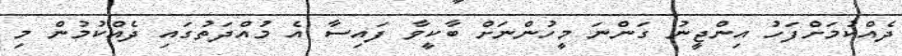
ދެއްކުމަށްފަހު އިންޖީނު ގަންނަ މީހުންނަށް ބާކީވާ ފައިސާ އެ މުއްދަތުގައި ދެއްކުމުން މި